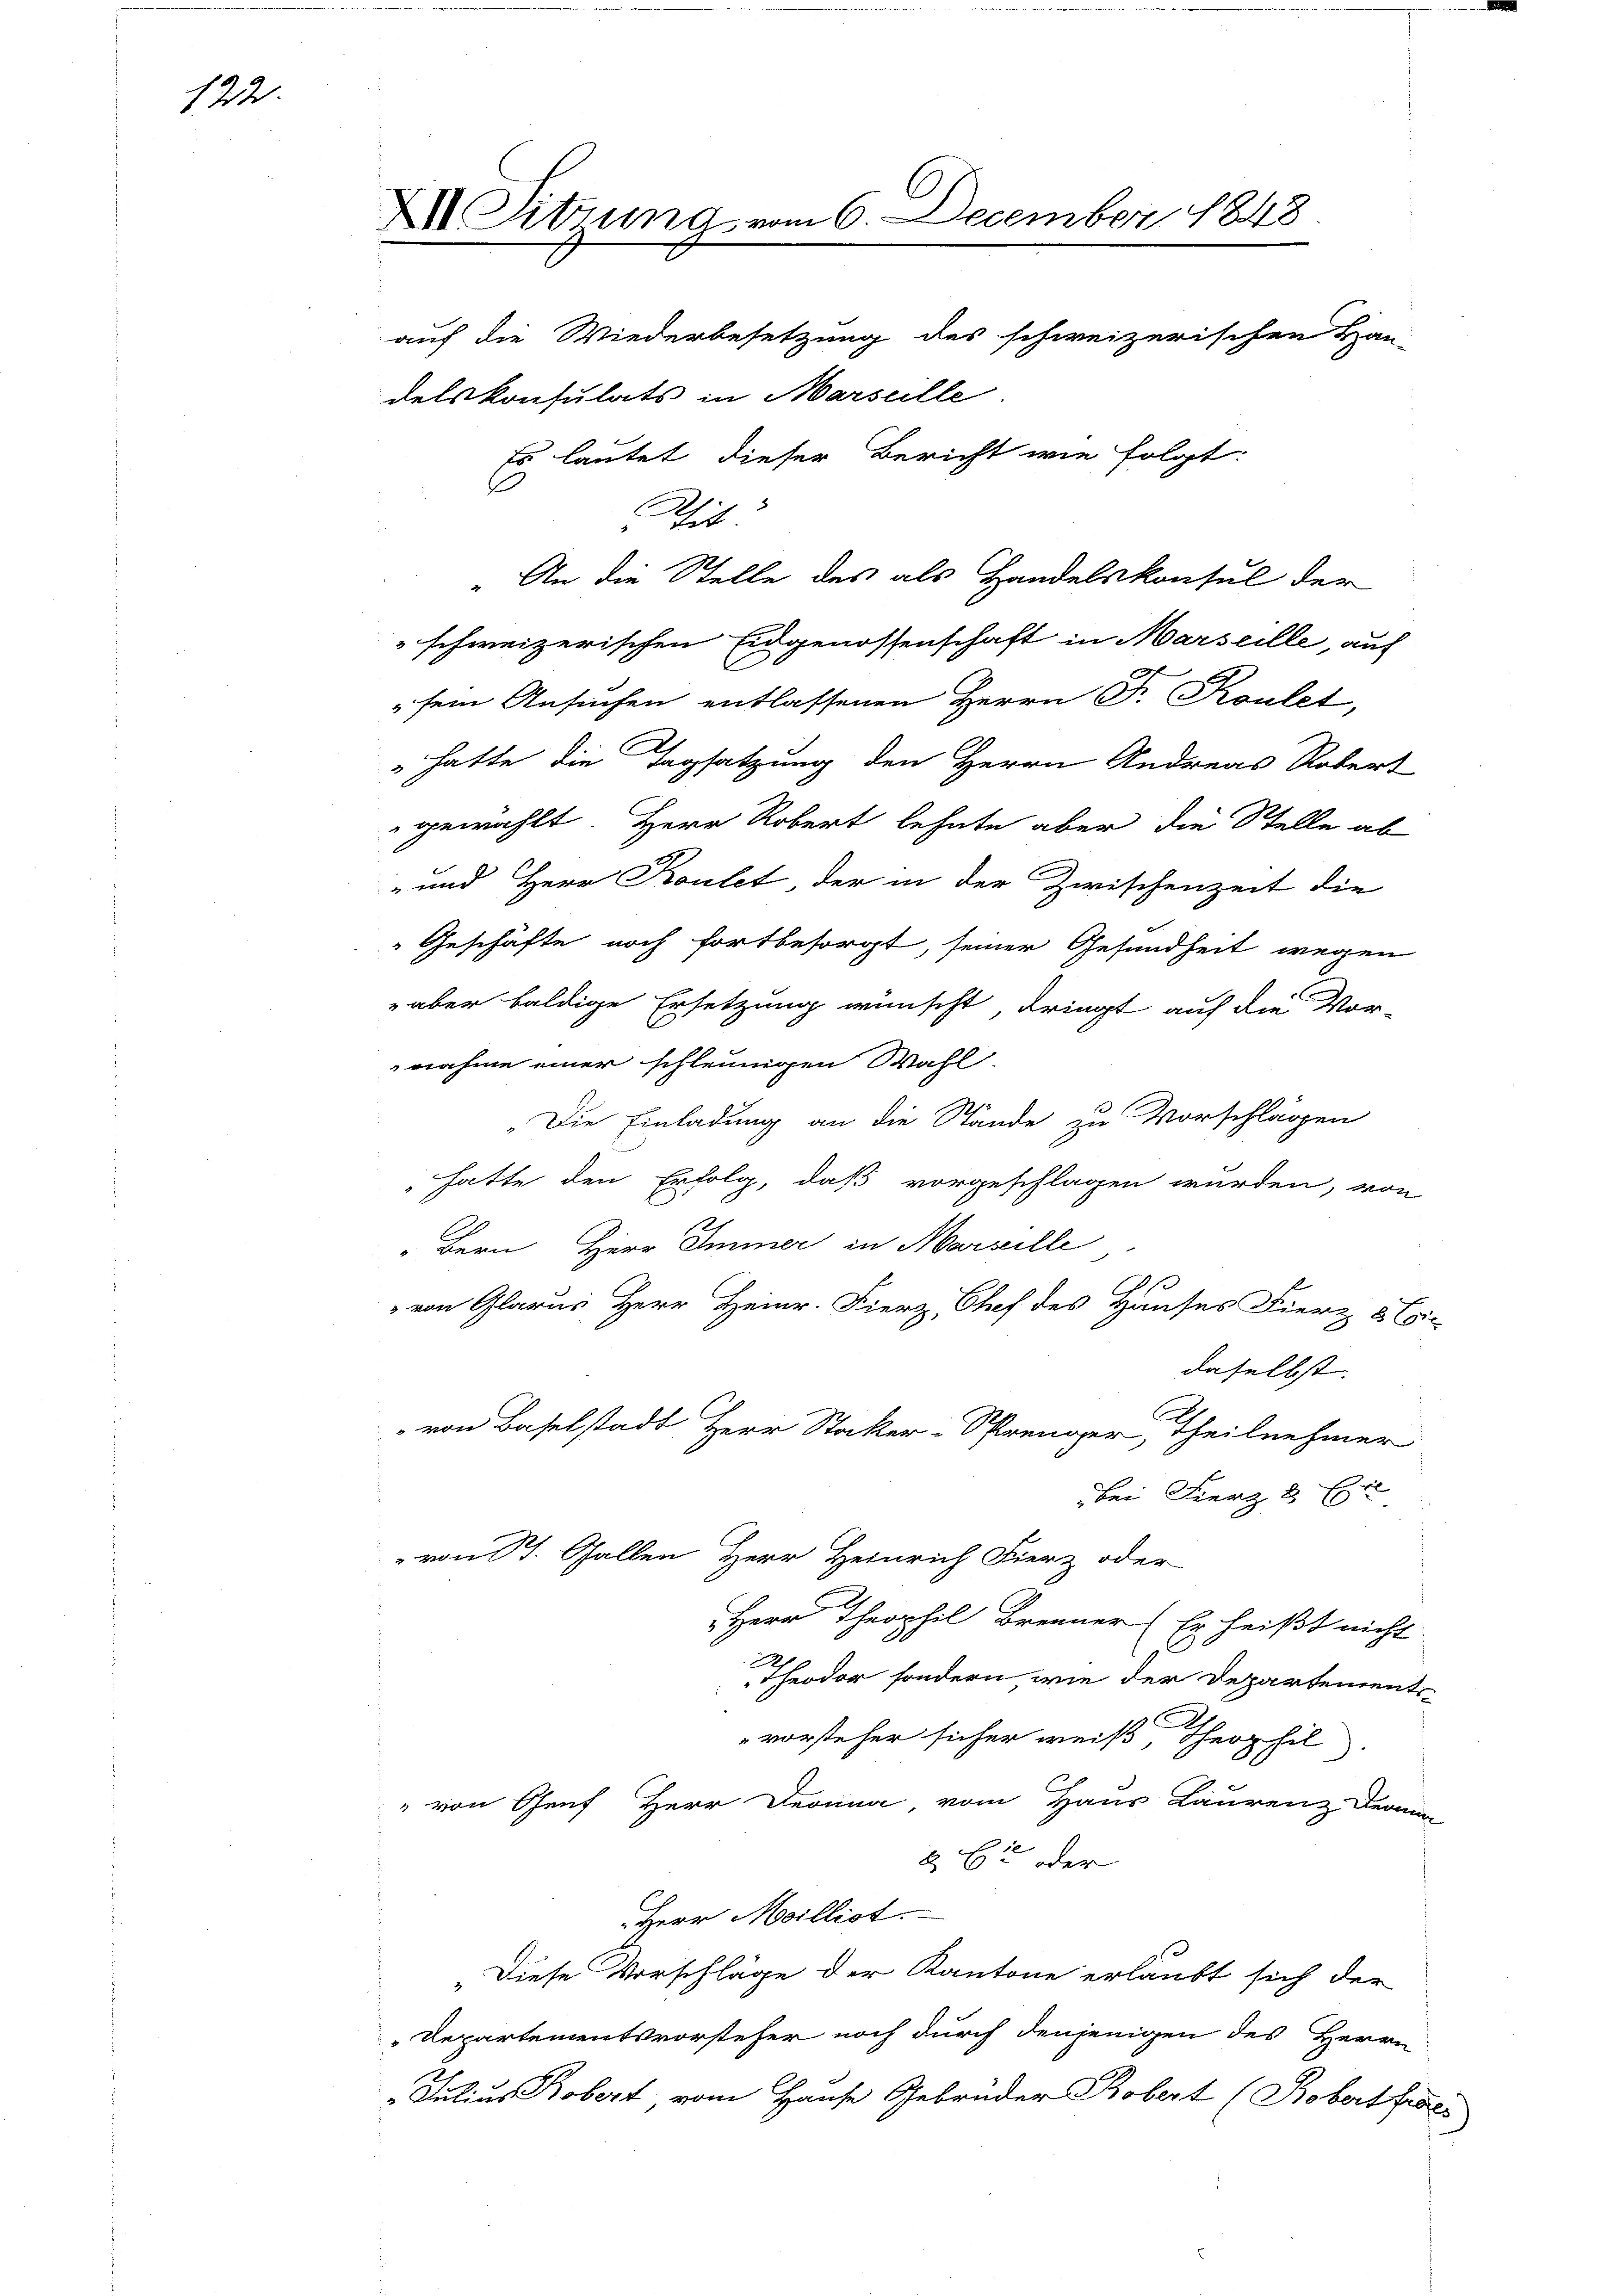
1732.

X Sitzung vom 6. December 1848.
auf die Wiederbesetzung des schweizerischen Han-
delskonsulats in Marseille.
Es lautet dieser Bericht wie folgt:
Schif

" An die Stelle des als Handelskonsul der
schweizerischen Eidgenossenschaft in Marseille, auf
sem Ansuchen entlassenen Herrn Fr. Koulet,
" hatte die Tagsatzung den Herrn Andreas Robert
gewählt. Herr Robert lehnte aber die Stelle ab
- und Herr Koulet der in der Zwischenzeit die
Geschäfte noch fortbesorgt, seiner Gesundheit wegen
aber baldige Ersetzung wünscht, dringt auf die Vor-
nnahme einer schleunigen Wahl.
„Die Einladung an die Stände zu Vorschlägen
hatte den Erfolg, daß vorgeschlagen wurden, von
„Bern Herr Immer in Marseille
" von Glarus Herr Heinr. Fierz, Chef des Hauses Fierz 8 Ei
daselbst. |
C
von Baselstadt Herr Stocker-Sprenger, theilnehmer
bei Fierz 8 Ex
„von St. Gallen Herr Heinrich Fierz oder
Herr Theophil Brenner (Er heißt nicht
h
Theodor sondern, wie der Departementi¬
.
vorsteher sicher weiß, Theophil
" von Genf Herr Deonna, vom Haus Laurenz Dein
 Et oder
Herr Meilliot
„Diese Vorschläge der Kantone erlaubt sich der
Departementsvorsteher noch durch denjenigen des Herrn
„Julius Robert, vom Hause Gebrüder Robert (Robert feser

1

¬